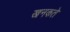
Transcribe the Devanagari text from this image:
खनकते